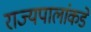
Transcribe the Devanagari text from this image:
राज्यपालांकडे